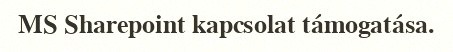
MS Sharepoint kapcsolat támogatása.